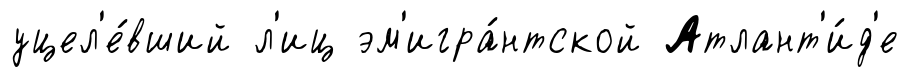
уцел'е́вший л'иц эм'игра́нтской Атлант'и́д'е